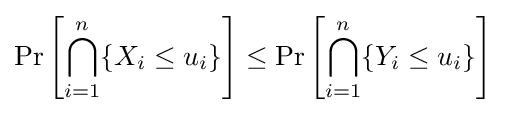
\Pr \left[\bigcap _{i=1}^{n}\{X_{i}\leq u_{i}\}\right]\leq \Pr \left[\bigcap _{i=1}^{n}\{Y_{i}\leq u_{i}\}\right]